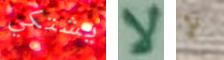
يشتكي لا لا